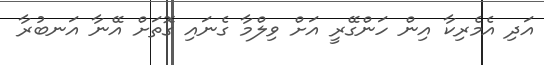
އަދި އެމެރިކާ އިން ހަންގޭރީ އަށް ވިލްމާ ގެނައި ގޮތަށް އޭނާ އަނބުރާ